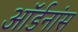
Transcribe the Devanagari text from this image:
ऑर्डनांस